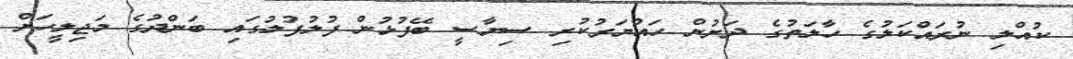
ކުއްލި ނުރައްކަލުގެ ހާލަތުގެ ދަށުން ހައްޔަރުކުރި ސިޔާސީ ބޭފުޅުން ފުލުފުލުގައި ބަންދުގެ މަޖިލީހަށް